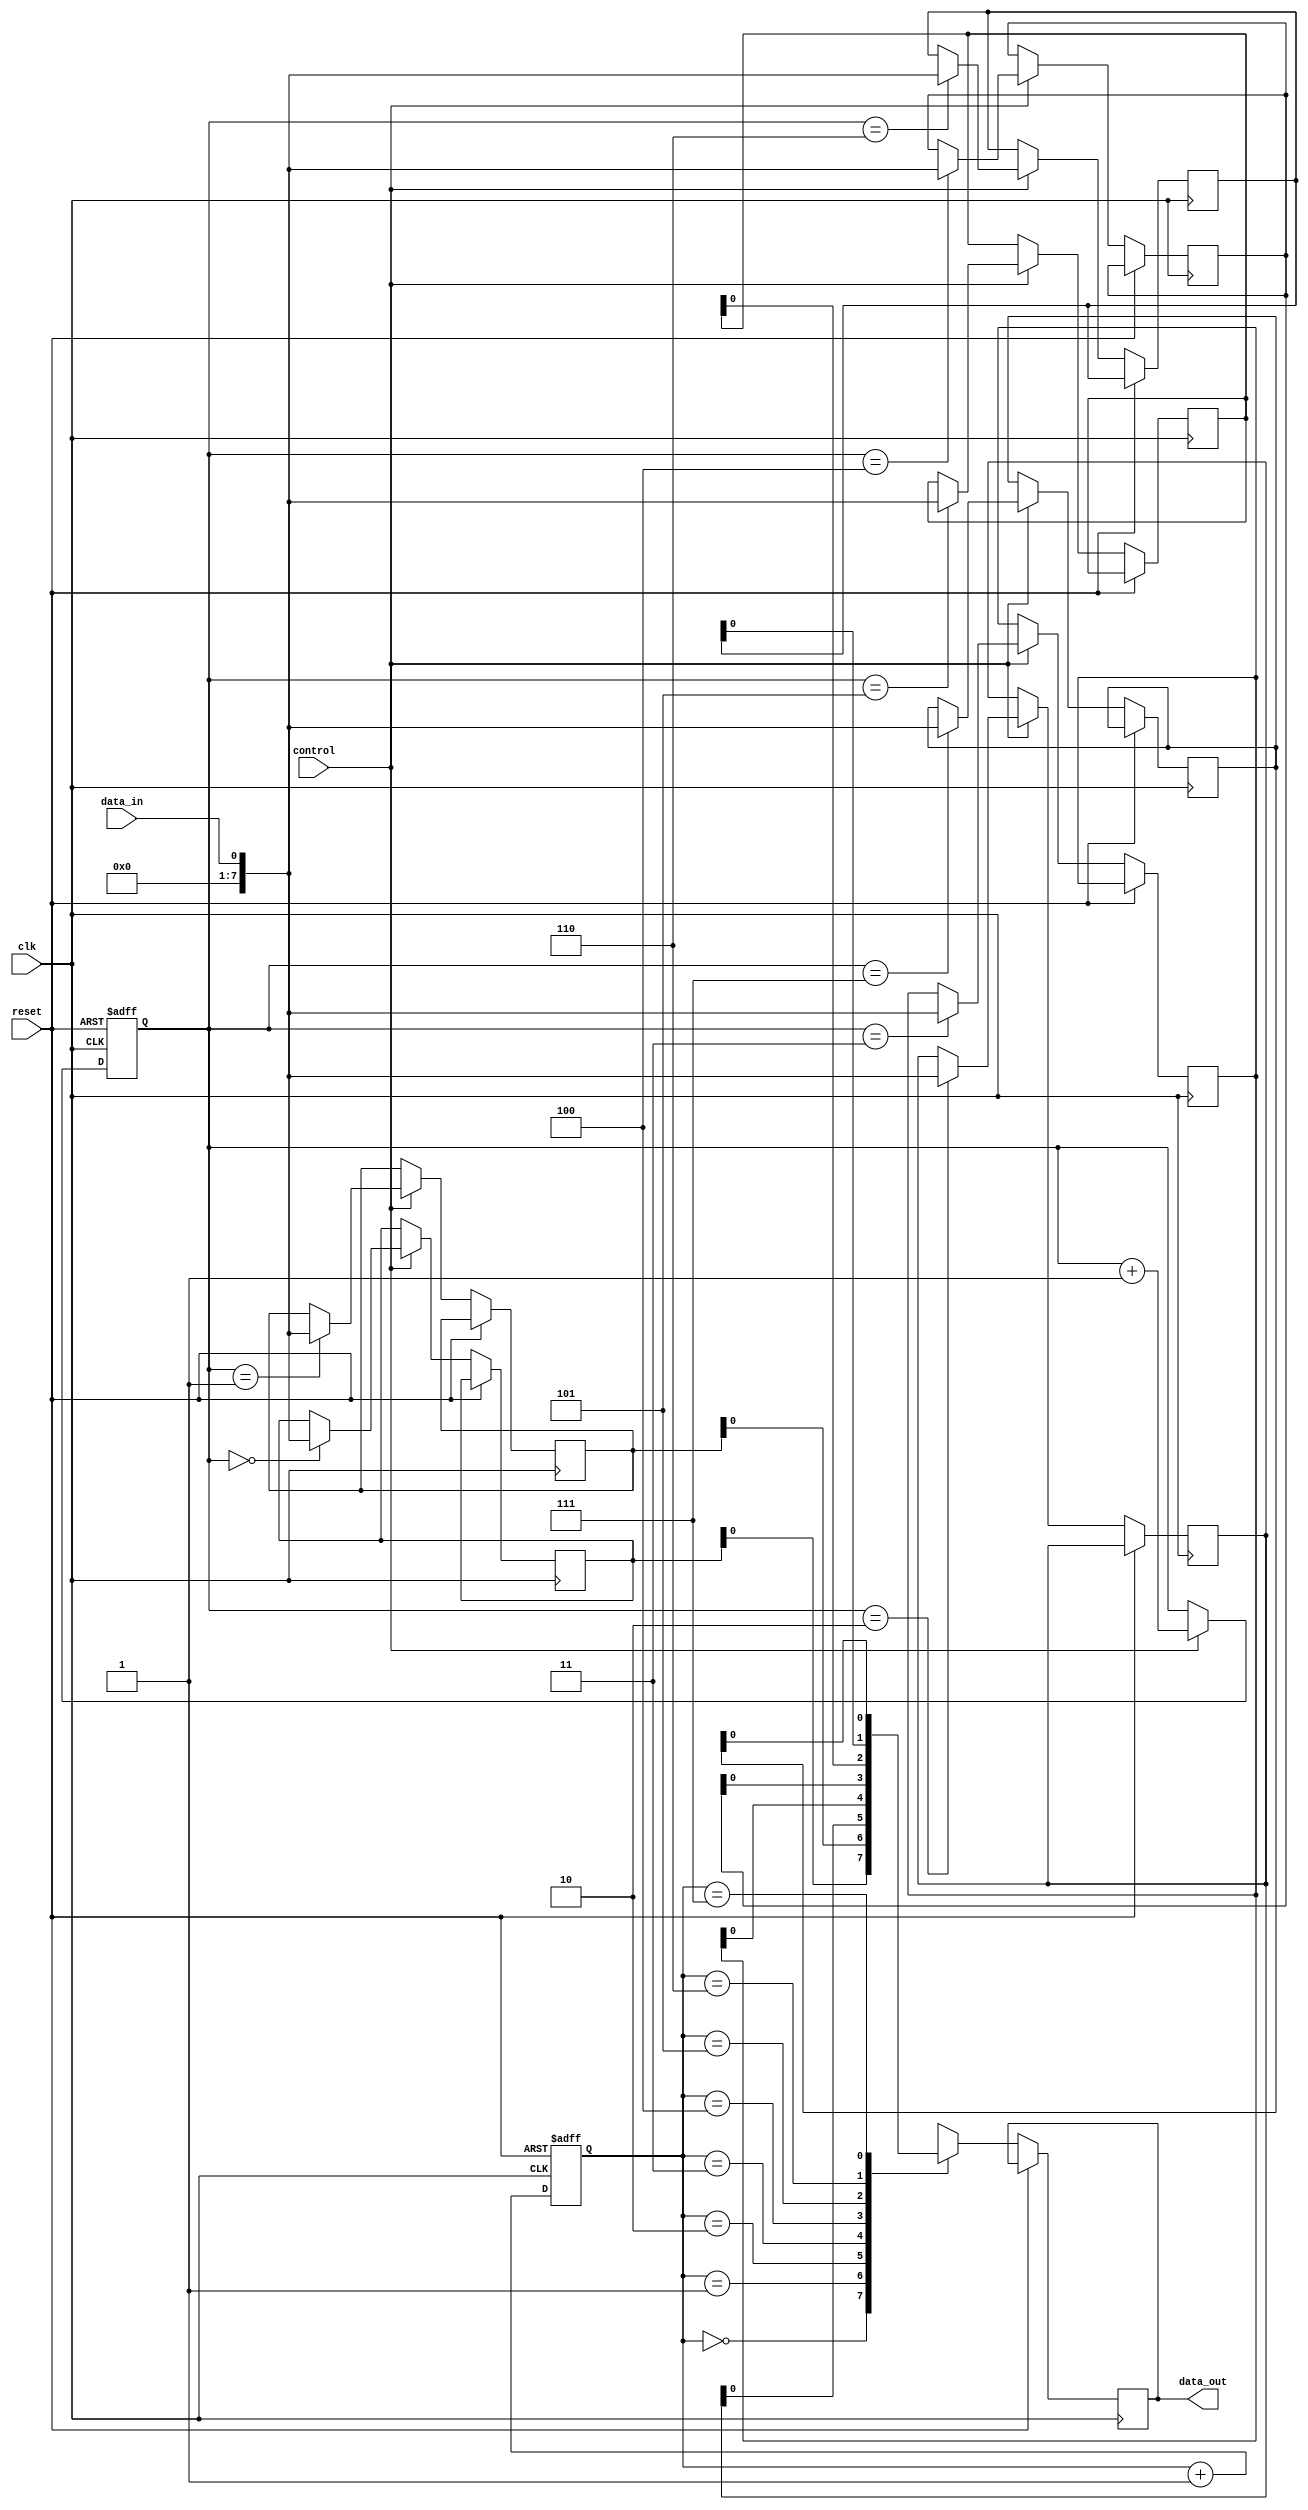
module fifo_buffer (
    input wire clk,
	input wire reset,
	input wire data_in,
	input wire control,
	output wire data_out
);

reg [7:0] buffer [0:7];  // 8-bit wide buffer with 8 locations
reg [2:0] read_ptr;  // pointer for read operation
reg [2:0] write_ptr;  // pointer for write operation

always @(posedge clk or posedge reset)
begin
    if (reset)
    begin
        read_ptr <= 3'b0;
        write_ptr <= 3'b0;
    end
    else
    begin
        if (control)
        begin
            buffer[write_ptr] <= data_in;
            write_ptr <= write_ptr + 1;
        end
        
        data_out <= buffer[read_ptr];
        read_ptr <= read_ptr + 1;
    end
end

endmodule